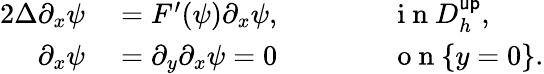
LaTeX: \begin{array}{rlrl}{{2}\Delta\partial_{x}\psi}&{{}=F^{\prime}(\psi)\partial_{x}\psi,}&{}&{{}\qquad\mathrm{~i~n~}D_{h}^{\mathsf{up}},}\\ {\partial_{x}\psi}&{{}=\partial_{y}\partial_{x}\psi=0}&{}&{{}\qquad\mathrm{~o~n~}\{ y=0\} .}\end{array}